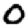
Digit: 0